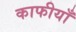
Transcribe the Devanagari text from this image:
काफीयाँ